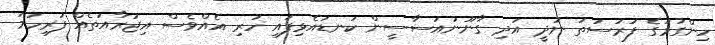
ހިންގުމުގެ ފުރުސަތު ނުދީ އަދި ގާނޫނުއަސާސީން ކަނޑައެޅިފައި ހުރި އެއްވެސް އިޖުރާއަތެއް ފުރިހަމަ